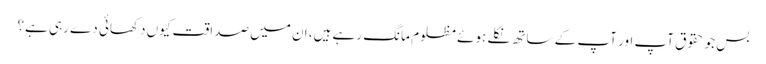
بس جو حقوق آپ اور آپ کے ساتھ نکلے ہوئے مظلوم مانگ رہے ہیں، ان میں صداقت کیوں دکھائی دے رہی ہے؟